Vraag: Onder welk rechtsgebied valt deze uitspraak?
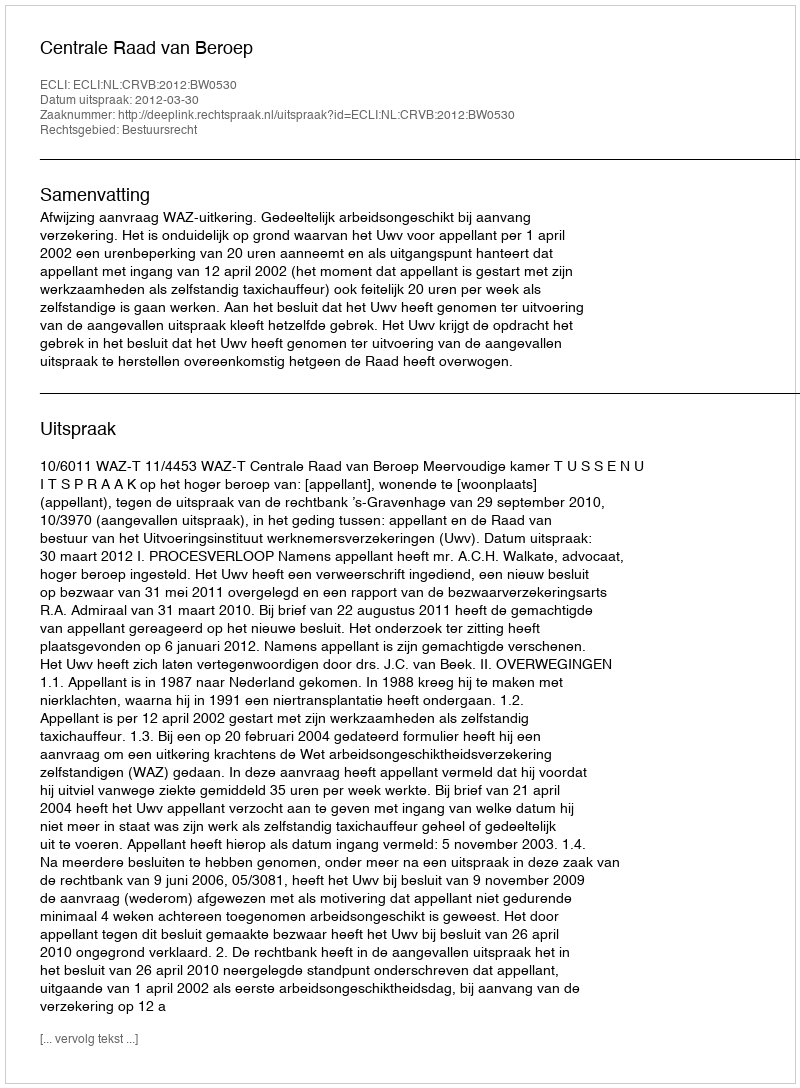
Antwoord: Bestuursrecht